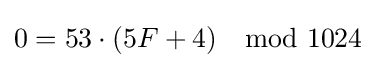
0=53\cdot (5F+4)\mod 1024